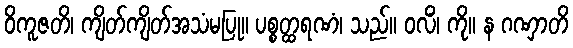
ဝိကူဇတိ၊ ကျိတ်ကျိတ်အသံမပြု။ ပစ္စတ္ထရဏံ၊ သည်။ ဝလိံ၊ ကို။ န ဂဏှာတိ